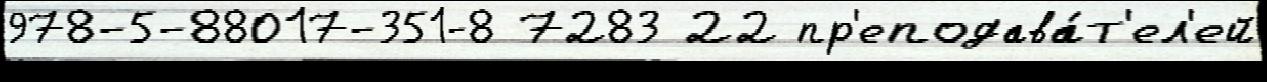
978-5-88017-351-8 7283 22 пр'еподава́т'ел'ей